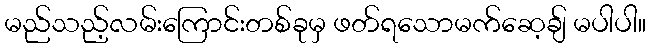
မည်သည့်လမ်းကြောင်းတစ်ခုမှ ဖတ်ရသောမက်ဆေ့ချ် မပါပါ။